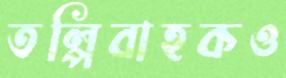
তল্পিবাহকও